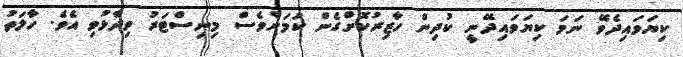
ކިޔަވައިދެވޭ ނަމަ ކިޔަވައިދޭނީ ކުދިން ހާޒިރުކޮށްގެން ކަމަށްވެސް މިނިސްޓަރު ވިދާޅުވި އެވެ. ހާލަތު